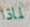
لماذا